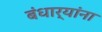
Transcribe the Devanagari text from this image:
बंधार्‍यांना